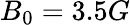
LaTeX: B_{0}=3.5G